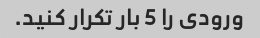
ورودی را 5 بار تکرار کنید.